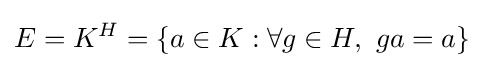
E=K^{H}=\{a\in K:\forall g\in H,\ ga=a\}